Account of plague administration in the Bombay Presidency from September 1896 till May 1897
Year: 1896
Disease focus: Plague
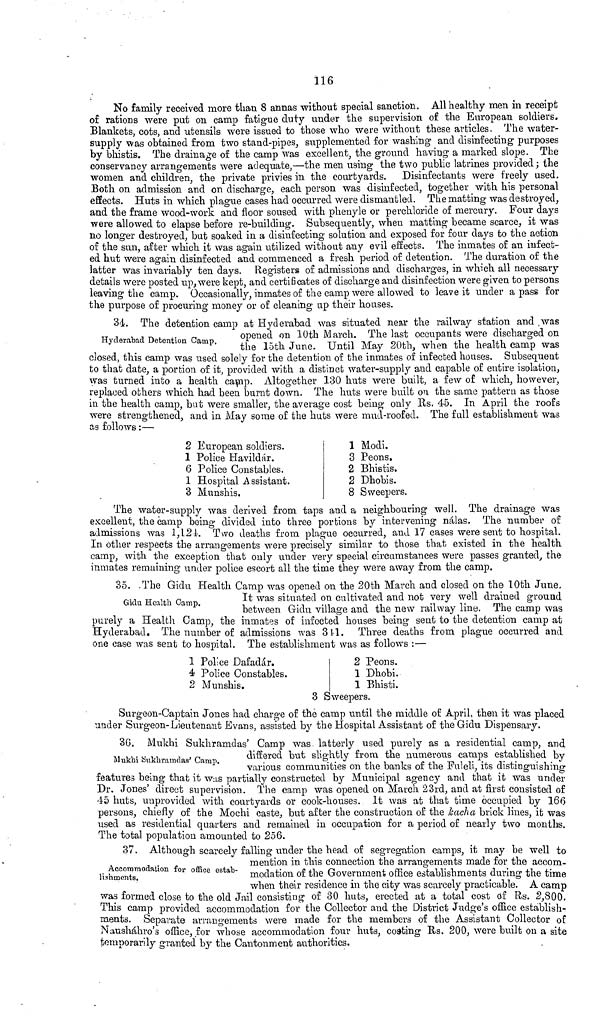
116
No family received more than 8 annas without special sanction. All healthy men in receipt
of rations were put on camp fatigue duty under the supervision of the European soldiers.
Blankets, cots, and utensils were issued to those who were without these articles. The water-
supply was obtained from two stand-pipes, supplemented for washing and disinfecting purposes
by bhistis. The drainage of the camp was excellent, the ground having a marked slope. The
conservancy arrangements were adequate,—the men using the two public latrines provided; the
women and children, the private privies in the courtyards. Disinfectants were freely used.
Both on admission and on discharge, each person was disinfected, together with his personal
effects. Huts in which plague cases had occurred were dismantled. The matting was destroyed,
and the frame wood-work and floor soused with phenyle or perchloride of mercury. Four days
were allowed to elapse before re-building. Subsequently, when matting became scarce, it was
no longer destroyed, but soaked in a disinfecting solution and exposed for four days to the action
of the sun, after which it was again utilized without any evil effects. The inmates of an infect-
ed hut were again disinfected and commenced a fresh period of detention. The duration of the
latter was invariably ten days. Registers of admissions and discharges, in which all necessary
details were posted up, were kept, and certificates of discharge and disinfection were given to persons
leaving the camp. Occasionally, inmates of the camp were allowed to leave it under a pass for
the purpose of procuring money or of cleaning up their houses.
Hyderabad Detention Camp.
34. The detention camp at Hyderabad was situated near the railway station and was
opened on 10th March. The last occupants were discharged on
the 15th June. Until May 20th. when the health camp was
closed, this camp was used solely for the detention of the inmates of infected houses. Subsequent
to that date, a portion of it, provided with a distinct water-supply and capable of entire isolation,
was turned into a health camp. Altogether 130 huts were built, a few of which, however,
replaced others which had been burnt down. The huts were built on the same pattern as those
in the health camp, bat were smaller, the average cost being only Rs. 45. In April the roofs
were strengthened, and in May some of the huts were mud-roofed. The full establishment was
as follows :—
2 European soldiers.
1 Police Havildár.
6 Police Constables.
1 Hospital Assistant.
3 Munshis.
1 Modi.
3 Peons.
2 Bhistis.
2 Dhobis.
8 Sweepers.
The water-supply was derived from taps and a neighbouring well. The drainage was
excellent, the camp being divided into three portions by intervening nálas. The number of
admissions was 1,124. Two deaths from plague occurred, and 17 cases were sent to hospital.
In other respects the arrangements were precisely similar to those that existed in the health
camp, with the exception that only under very special circumstances were passes granted, the
inmates remaining under police escort all the time they were away from the camp.
Gidu Health Gamp.
35. The Gidu Health Camp was opened on the 20th March and closed on the 10th June,
It was situated on cultivated and not very well drained ground
between Gidu village and the new railway line. The camp was
purely a Health Camp, the inmates of infected houses being sent to the detention camp at
Hyderabad. The number of admissions was 3l.l. Three deaths from plague occurred and
one case was sent to hospital. The establishment was as follows :—
1 Police Dafadár.
4 Police Constables.
2 Munshis.
2 Peons.
1 Dhobi.
1 Bhisti.
3 Sweepers.
Surgeon-Captain Jones had charge of the camp until the middle of April, then it was placed
under Surgeon-Lieutenant Evans, assisted by the Hospital Assistant of the Gidu Dispensary.
Mukhi Sukhramdas' Camp.
30. Mukhi Sukhramdas' Camp was latterly used purely as a residential camp, and
differed but slightly from the numerous camps established by
various comrminities on the banks of the Fuleli, its distinguishing·
features being that it was partially constructed by Municipal agency and that it was under
Dr. Jones' direct supervision. The camp was opened on March 23rd, and at first consisted of
45 huts, unprovided with courtyards or cook-houses. It was at that time occupied by 166
persons, chiefly of the Mochi caste, but after the construction of the kacha brick lines, it was
used as residential quarters and remained in occupation for a period of nearly two months.
The total population amounted to 256.
Accommodation for office estab-
lishments.
37. Although scarcely falling under the head of segregation camps, it may be well to
mention in this connection the arrangements made for the accom-
modation of the Government office establishments during the time
when their residence in the city was scarcely practicable. A camp
was formed close to the old Jail consisting of 30 huts, erected at a total cost of Rs. 2,800.
This camp provided accommodation for the Collector and the District Judge's office establish-
ments. Separate arrangements were made for the members of the Assistant Collector of
Nausháhro's office, for whose accommodation four huts, costing Rs. 200, were built on a site
temporarily granted by the Cantonment authorities.